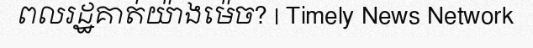
ពលរដ្ឋគាត់យ៉ាងម៉េច? | Timely News Network